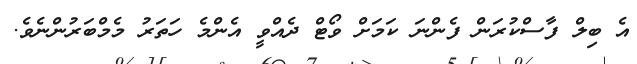
އެ ބިލް ފާސްކުރަން ފެންނަ ކަމަށް ވޯޓް ދެއްވީ އެންމެ ހަތަރު މެމްބަރުންނެވެ.